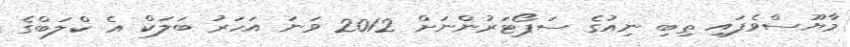
މާޔޫސްވެފައި ތިބި ނިއުގެ ސަޕޯޓަރުންނަށް 2012 ވަނަ އަހަރު ބަލަކް އެ ކްލަބްގެ